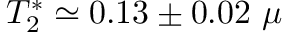
T _ { 2 } ^ { * } \simeq 0 . 1 3 \pm 0 . 0 2 \ \mu